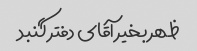
ظهر بخیر آقای دفتر گنبد